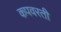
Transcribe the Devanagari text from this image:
कपवरती